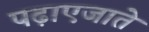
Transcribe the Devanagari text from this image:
पढ़ाएजाते